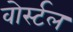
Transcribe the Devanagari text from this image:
वोर्स्टल